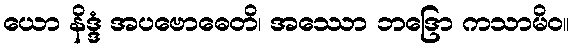
ယော နိဒ္ဒံ အပဗောဓေတိ၊ အဿော ဘဒြော ကသာမိဝ။